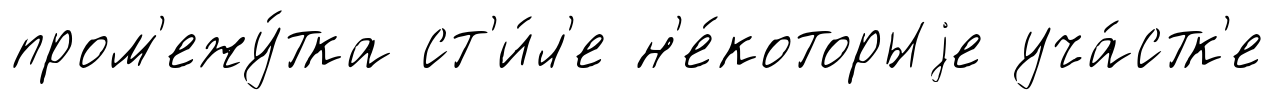
пром'ежу́тка ст'и́л'е н'е́которыjе уча́стк'е